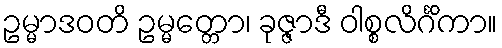
ဥမ္မာဒဝတိ ဥမ္မတ္တော၊ ခုဇ္ဇာဒီ ဝါစ္စလိင်္ဂိကာ။